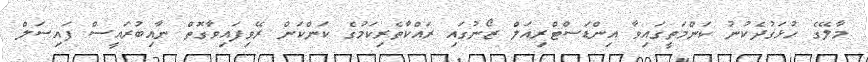
މާލޭގެ ހުޅަގުދެކުނު ކަންމަތީގައިވާ އިންޑަަސްޓްރިއަލް ޒޯނުގައި ރައްކާތެރިކަމުގެ ކަންކަން ރޭވިފައިވާގޮތް ނާއިބުރައީސް ފައިސަލް